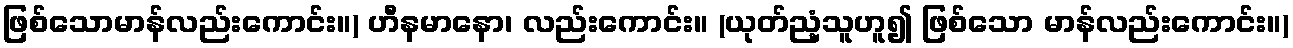
ဖြစ်သောမာန်လည်းကောင်း။) ဟီနမာနော၊ လည်းကောင်း။ (ယုတ်ညံ့သူဟူ၍ ဖြစ်သော မာန်လည်းကောင်း။)